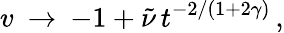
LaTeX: v\: \rightarrow\: -1+\tilde{\nu}\, t^{-2/(1+2\gamma)}\, ,